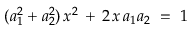
( a _ { 1 } ^ { 2 } + a _ { 2 } ^ { 2 } ) \, x ^ { 2 } \, + \, 2 \, x \, a _ { 1 } a _ { 2 } \; = \; 1